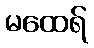
မထေရ်